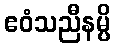
ဧဝံသညီနမ္ပိ